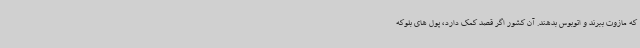
که مازوت ببرند و اتوبوس بدهند. آن کشور اگر قصد کمک دارد، پول های بلوکه